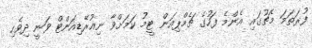
ފުރަތަމަ މެޗުގައި އެންމެ ފަހުގެ ޗެމްޕިއަން ޓީމު ކަމަށްވާ ނިއުރޭޑިއަންޓް ވަނީ ދިވެހި